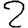
Digit: 2